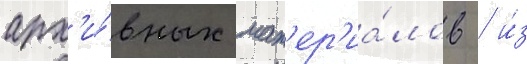
арх'и́вных мат'ер'иа́лов / и́з